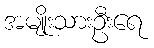
အမျိုးသားဦးရေ